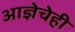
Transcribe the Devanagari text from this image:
आज्ञेचेही